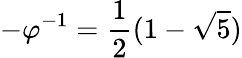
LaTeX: -\varphi^{-1}={\frac{1}{2}}(1-{\sqrt{5}})